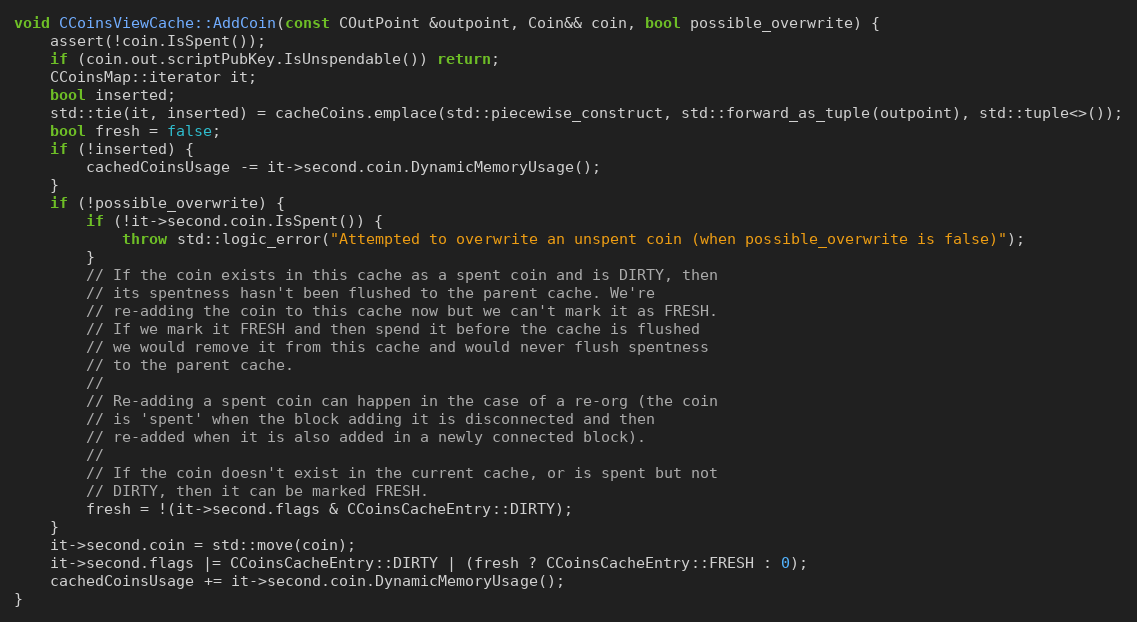
Language: C++
void CCoinsViewCache::AddCoin(const COutPoint &outpoint, Coin&& coin, bool possible_overwrite) {
    assert(!coin.IsSpent());
    if (coin.out.scriptPubKey.IsUnspendable()) return;
    CCoinsMap::iterator it;
    bool inserted;
    std::tie(it, inserted) = cacheCoins.emplace(std::piecewise_construct, std::forward_as_tuple(outpoint), std::tuple<>());
    bool fresh = false;
    if (!inserted) {
        cachedCoinsUsage -= it->second.coin.DynamicMemoryUsage();
    }
    if (!possible_overwrite) {
        if (!it->second.coin.IsSpent()) {
            throw std::logic_error("Attempted to overwrite an unspent coin (when possible_overwrite is false)");
        }
        // If the coin exists in this cache as a spent coin and is DIRTY, then
        // its spentness hasn't been flushed to the parent cache. We're
        // re-adding the coin to this cache now but we can't mark it as FRESH.
        // If we mark it FRESH and then spend it before the cache is flushed
        // we would remove it from this cache and would never flush spentness
        // to the parent cache.
        //
        // Re-adding a spent coin can happen in the case of a re-org (the coin
        // is 'spent' when the block adding it is disconnected and then
        // re-added when it is also added in a newly connected block).
        //
        // If the coin doesn't exist in the current cache, or is spent but not
        // DIRTY, then it can be marked FRESH.
        fresh = !(it->second.flags & CCoinsCacheEntry::DIRTY);
    }
    it->second.coin = std::move(coin);
    it->second.flags |= CCoinsCacheEntry::DIRTY | (fresh ? CCoinsCacheEntry::FRESH : 0);
    cachedCoinsUsage += it->second.coin.DynamicMemoryUsage();
}